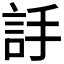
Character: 𧦌